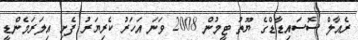
ރެއާލް ސޮސައިޑާޑްގެ ޔޫތު ޓީމުން 2008 ވަނަ އަހަރު ކެރިޔަރު ފެށި އިލަރަމެންޑީ